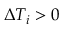
\Delta T _ { i } > 0